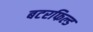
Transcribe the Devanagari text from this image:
बटरफिल्ड